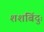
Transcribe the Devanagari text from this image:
शशबिंदुः